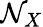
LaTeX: \mathcal{N}_{X}